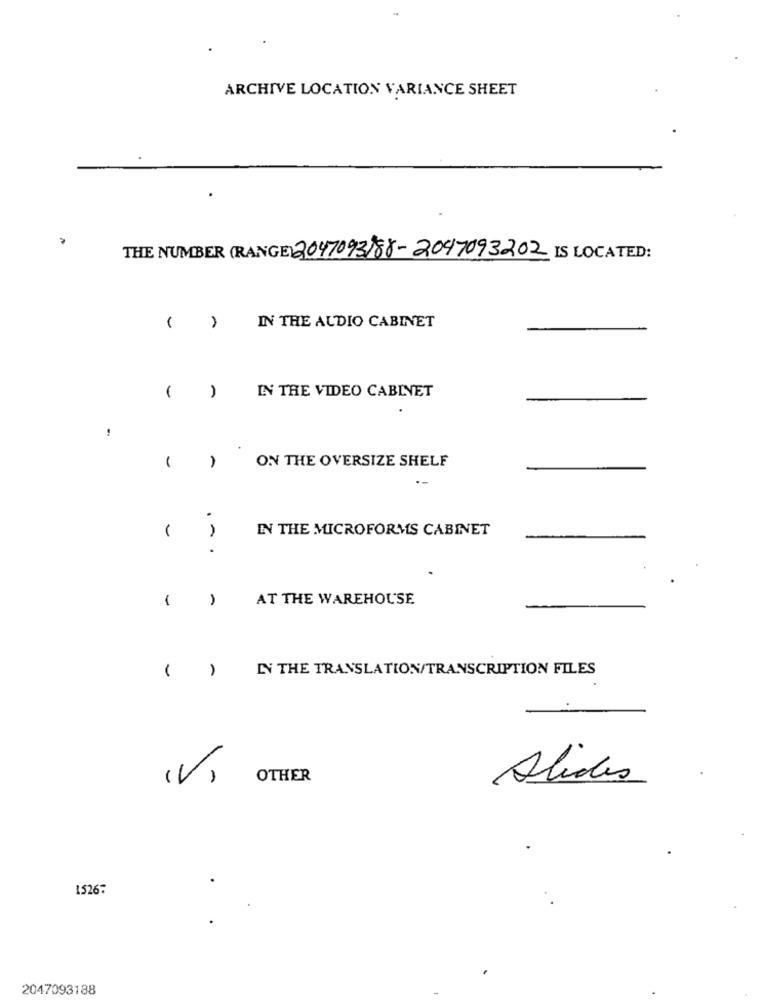
ARCHIVE LOCATION VARIANCE SHEET
THE NUMBER (RANGE) 2047093)88-2047093202 IS LOCATED:
IN THE AUDIO CABINET
(
-
A
IN THE VIDEO CABINET
!
ON THE OVERSIZE SHELF
-
-
1
IN THE MICROFORMS CABINET
...
1
AT THE WAREHOUSE
IN THE TRANSLATION/TRANSCRIPTION FILES
( )
(V)
OTHER
Alides
1526:
2047093188